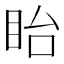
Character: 眙